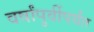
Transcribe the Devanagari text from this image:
वर्षांपुर्वीपर्यंत